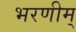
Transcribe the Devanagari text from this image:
भरणीम्